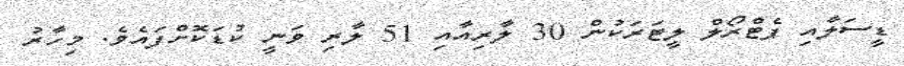
ޑީސަލާއި ޕެޓްރޯލް ލީޓަރަކުން 30 ލާރިއާއި 51 ލާރި ވަނީ ކުޑަކޮށްފައެވެ. މިހާރު